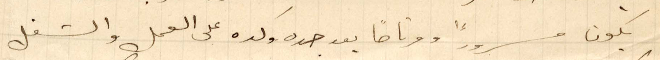
يكون مسرورًا ومرتاحًا بعد جده وكده على العمل والشغل